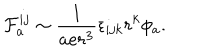
LaTeX: { \cal F } _ { a } ^ { i j } \sim \frac { 1 } { a e r ^ { 3 } } \epsilon _ { i j k } r ^ { k } \phi _ { a } .